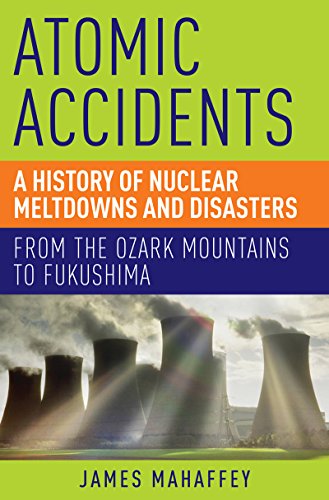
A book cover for Atomic Accidents: A History of Nuclear Meltdowns and Disasters: From the Ozark Mountains to Fukushima; James Mahaffey; Engineering & Transportation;